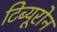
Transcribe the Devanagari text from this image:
टिब्यूरोन